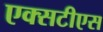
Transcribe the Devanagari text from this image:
एक्सटीएस